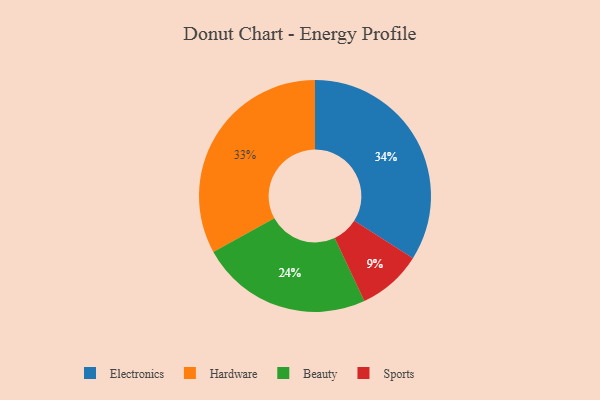
{"axis": {"x": "Category", "y": "Percentage"}, "legend": ["Beauty", "Electronics", "Hardware", "Sports"], "data": [{"x": "Hardware", "y": 33, "type": "Hardware"}, {"x": "Electronics", "y": 34, "type": "Electronics"}, {"x": "Sports", "y": 9, "type": "Sports"}, {"x": "Beauty", "y": 24, "type": "Beauty"}]}